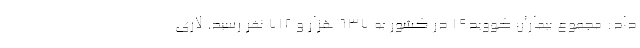
داد: مجموع بیماران کووید۱۹ در کشور به ۶۳۷ هزار و ۷۱۲ نفر رسید. لاری